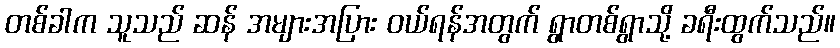
တစ်ခါက သူသည် ဆန် အများအပြား ဝယ်ရန်အတွက် ရွာတစ်ရွာသို့ ခရီးထွက်သည်။